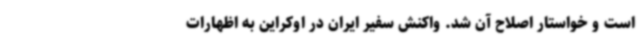
است و خواستار اصلاح آن شد. واکنش سفیر ایران در اوکراین به اظهارات